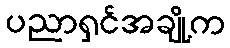
ပညာရှင်အချို့က